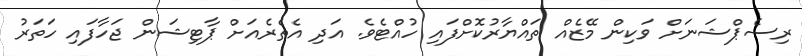
ރިސެޕްޝަނަށް ވަކިން މޭޒެއް ތައްޔާރުކޮށްފައި ހުއްޓެވެ. އަދި އެތެރެއަށް ޕާޓިޝަން ޖަހާފައި ހަތަރު